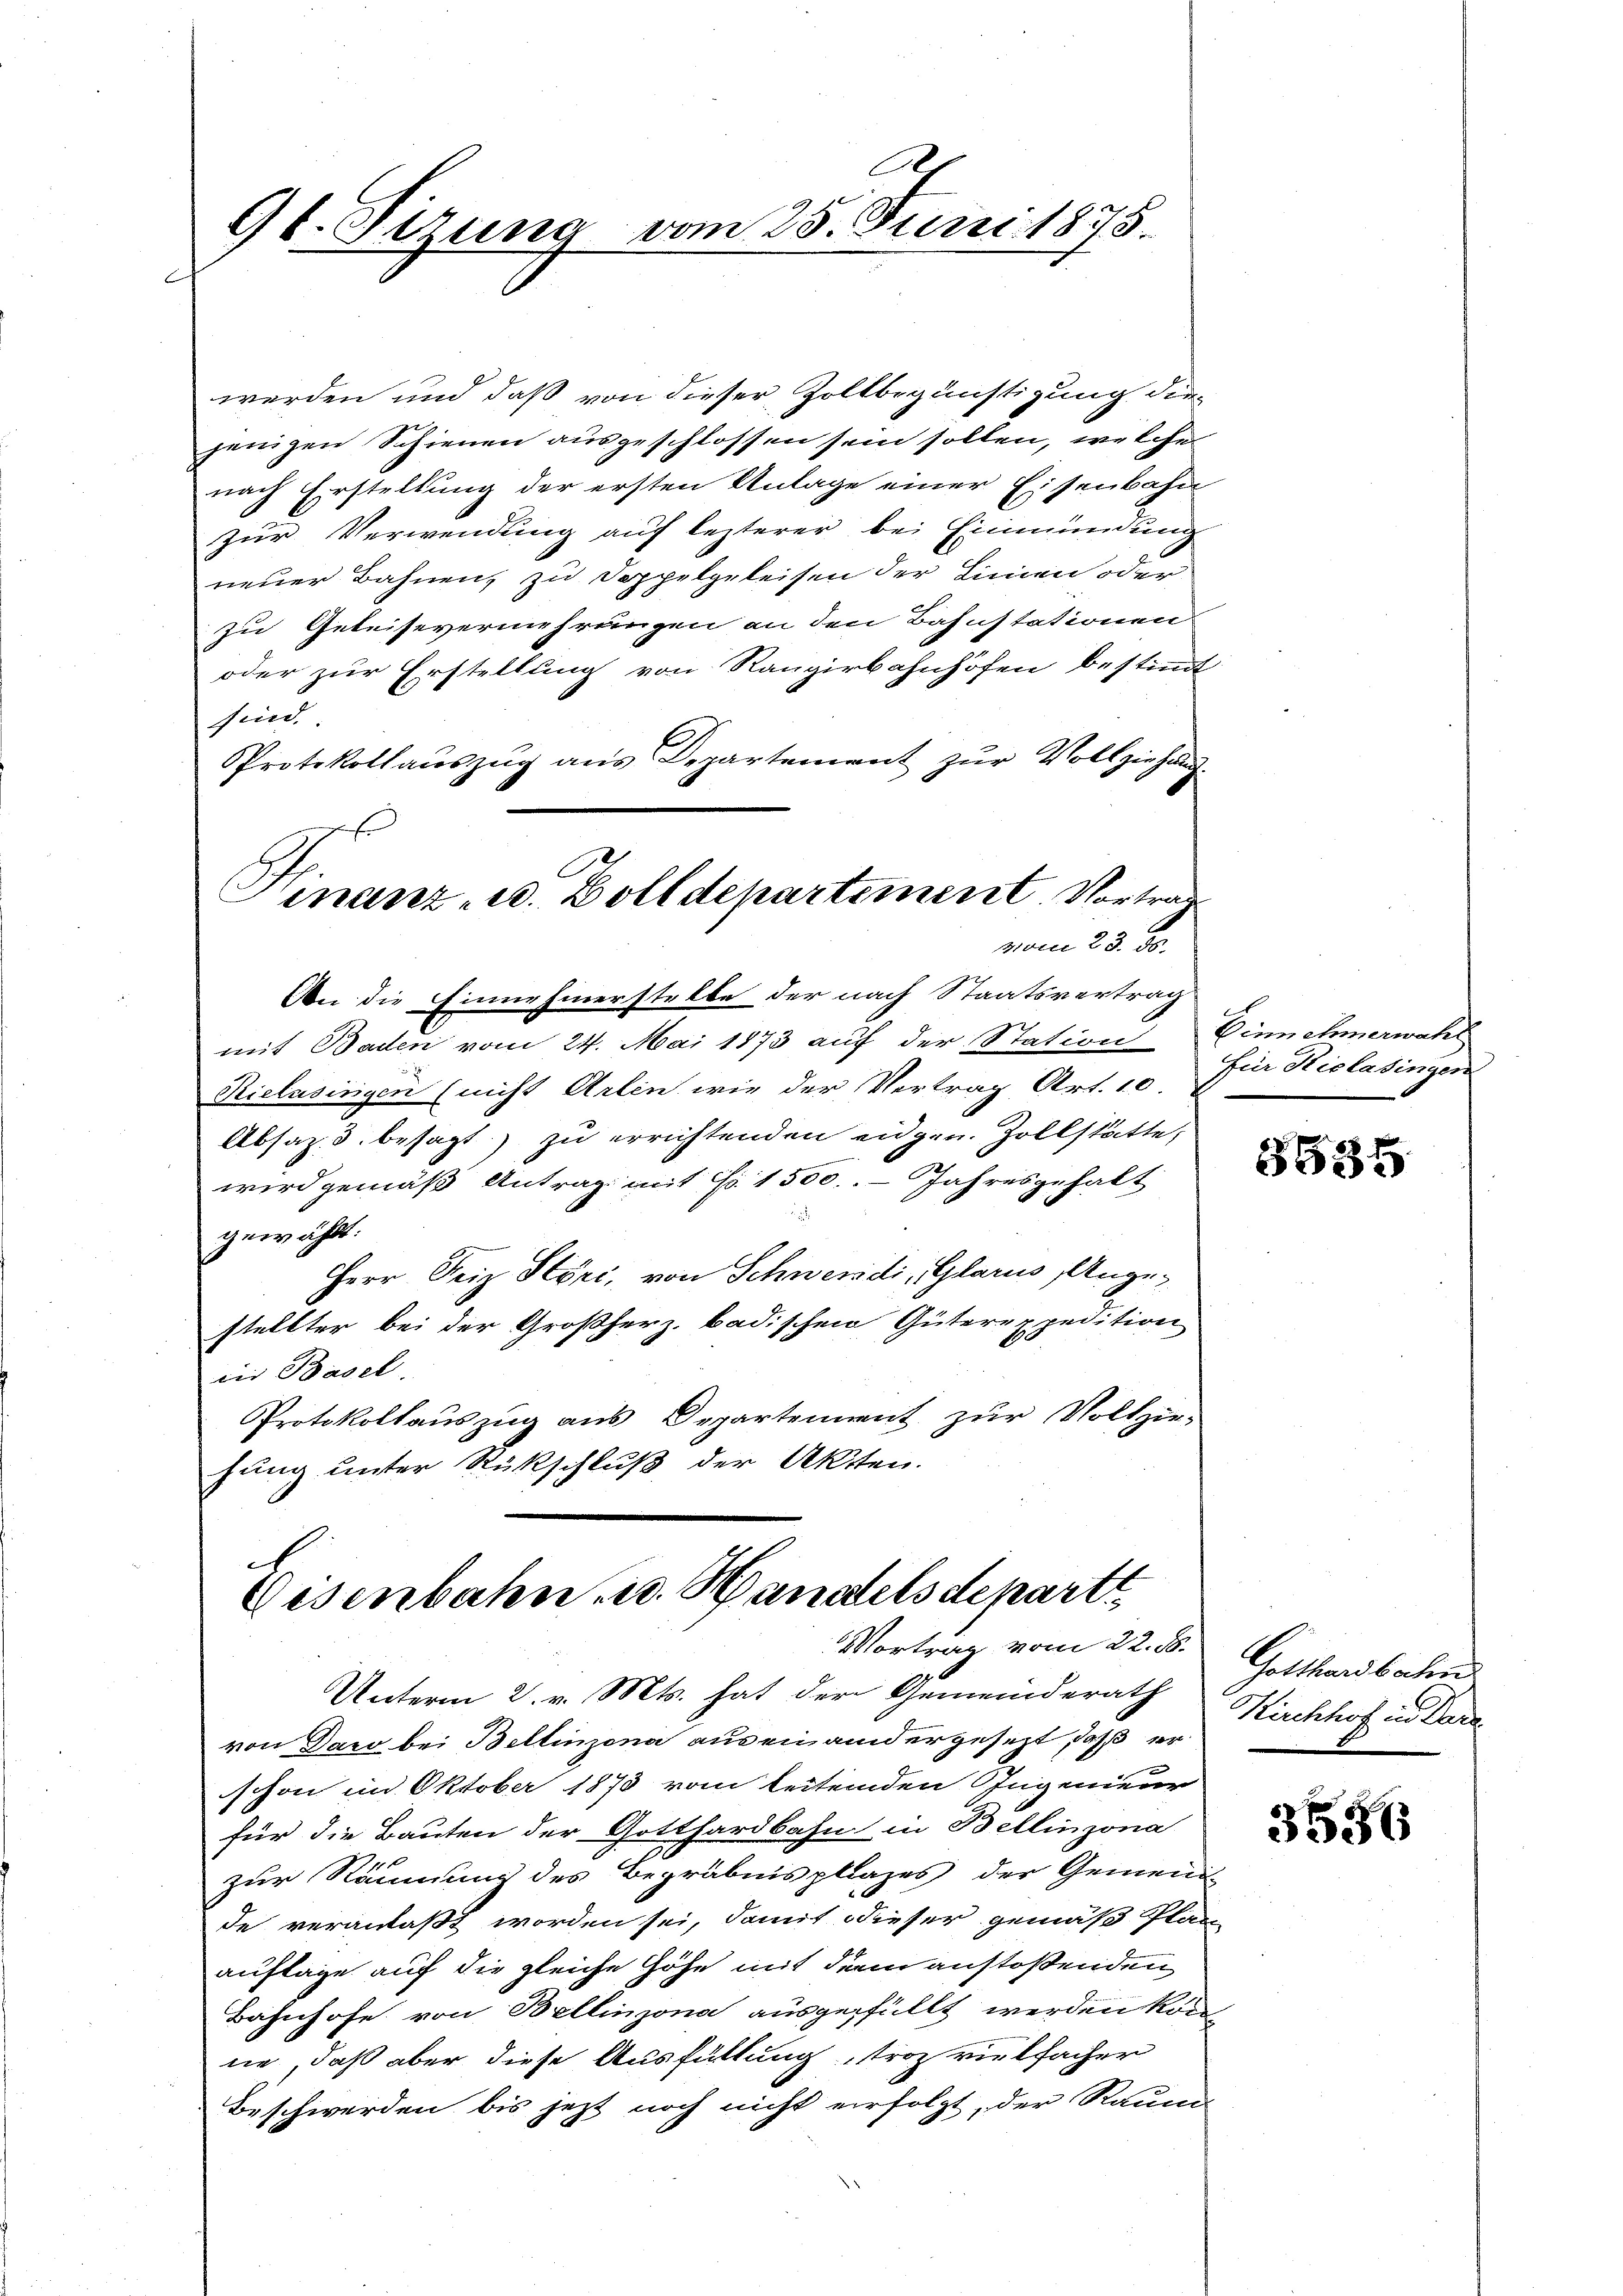
ct. Sizung vom 25. Juni 1875.

werden und daß von dieser Zoltbegünstigung die-
jenigen Schienen ausgeschlossen sein sollen, welche
nach Erstellung der ersten Anlage einer Eisenbahn
zur Verwendung auf lezterer bei Einmündung
neuer Bahnen, zu Doppelgeleisen der Linien oder
zu Geleisevermehrungen an den Bahnstationen
oder zur Erstellung von Rangirbahnhöfen bestimmt
find.
Protokollauszug aus Departement zur Vollziehung.
Hinanz, u. Zolldepartement. Vortrag
vom 23. ds.

mit Baden vom 24. Mai 1873 auf der Station Einnehmerwahl
Riclasingen (nicht Arten wie der Vertrag Art. 10.
Absaz 3. besagt zu errichtenden eidgen. Zollstätte,
.
wird gemäß Antrag mit No. 1500. - Jahresgehalt
gewählt:
Herr Freiz Störi, von Schweridi, Glarus Angestellter bei der Großherz badischen Güterexpedition
ris Basel
Protokollauszug aus Departement zur Vollzie-
hung unter Rückschluß der Akten.

c
Eisenbahn, u. Handelsdepartt
Vortrag vom 22. ds.

An die Finne hinerstelle der nach Staatsvertrag

Unterm 2. v. Mts. hat der Gemeinderath
von Dazo bei Bellinzona aus einandergesezt, daß er
schon im Oktober 1873 vom leitenden Ingenieur
für die Bauten der Gotthardbahn in Bellinzona
zur Räumung des Begräbnis plazes der Gemein-
de veranlaßt worden sei, damit dieser gemäß Plan
auflage auf die gleiche Höhe mit dem anstoßenden
Bahnhofe von Bellinzona ausgefüllt werden kön-
nie, daß aber diese Ausfüllung, troz vielfacher
Beschwerden bis jetzt noch nicht erfolgt, der Raum-

für Siclasingen

6935

Gotthardbahn
Kirchhof in Dara

3556